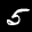
Label: 5